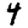
Digit: 4